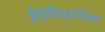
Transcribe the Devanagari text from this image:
हैऐतिहासिक